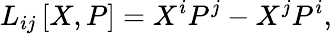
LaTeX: L_{ij}\left[X,P\right]=X^{i}P^{j}-X^{j}P^{i},